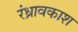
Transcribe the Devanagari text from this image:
रंध्रावकाश